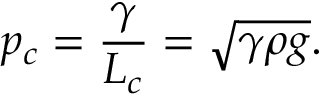
p _ { c } = { \frac { \gamma } { L _ { c } } } = { \sqrt { \gamma \rho g } } .